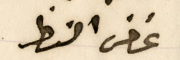
غض النظر